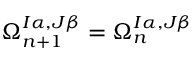
\Omega _ { n + 1 } ^ { I \alpha , J \beta } = \Omega _ { n } ^ { I \alpha , J \beta }